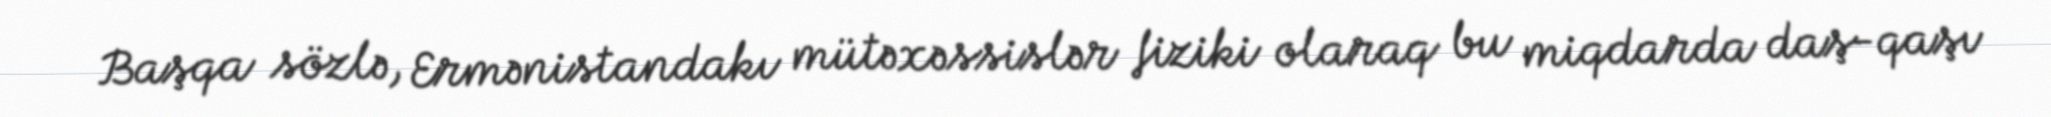
Başqa sözlə, Ermənistandakı mütəxəssislər fiziki olaraq bu miqdarda daş-qaşı